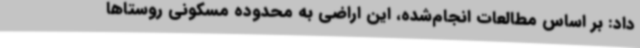
داد: بر اساس مطالعات انجام‌شده، این اراضی به محدوده مسکونی روستاها